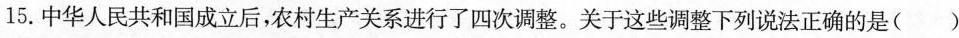
15.中华人民共和国成立后，农村生产关系进行了四次调整。关于这些调整下列说法正确的是( )